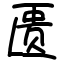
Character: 匮